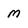
Character: m